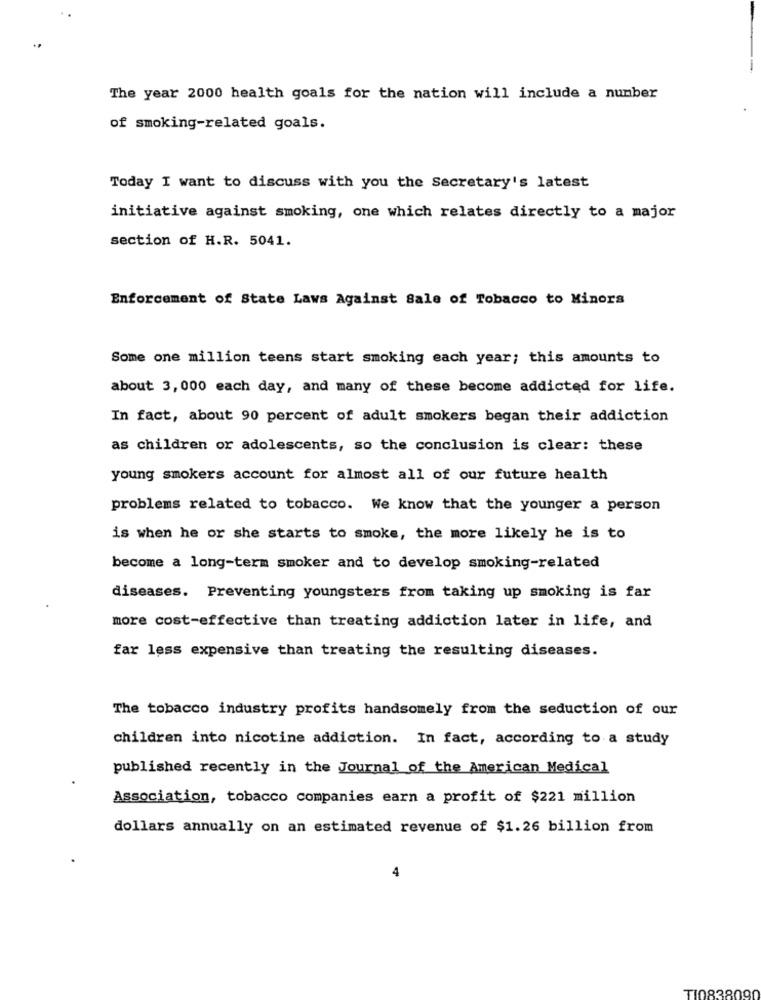
The year 2000 health goals for the nation will include a number
of smoking-related goals.
Today I want to discuss with you the Secretary's latest
initiative against smoking, one which relates directly to a major
section of H.R. 5041.
Enforcement of State Laws Against Sale of Tobacco to Minors
Some one million teens start smoking each year; this amounts to
about 3, 000 each day, and many of these become addicted for life.
In fact, about 90 percent of adult smokers began their addiction
as children or adolescents, so the conclusion is clear: these
young smokers account for almost all of our future health
problems related to tobacco. We know that the younger a person
is when he or she starts to smoke, the more likely he is to
become a long-term smoker and to develop smoking-related
diseases. Preventing youngsters from taking up smoking is far
more cost-effective than treating addiction later in life, and
far less expensive than treating the resulting diseases.
The tobacco industry profits handsomely from the seduction of our
children into nicotine addiction. In fact, according to a study
published recently in the Journal of the American Medical
Association, tobacco companies earn a profit of $221 million
dollars annually on an estimated revenue of $1.26 billion from
4
TI0838090